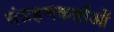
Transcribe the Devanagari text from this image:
संग्रहणकर्ताओं